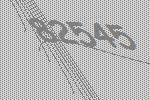
82545